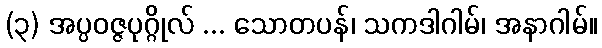
(၃) အပ္ပဝဇ္ဇပုဂ္ဂိုလ် ... သောတပန်၊ သကဒါဂါမ်၊ အနာဂါမ်။